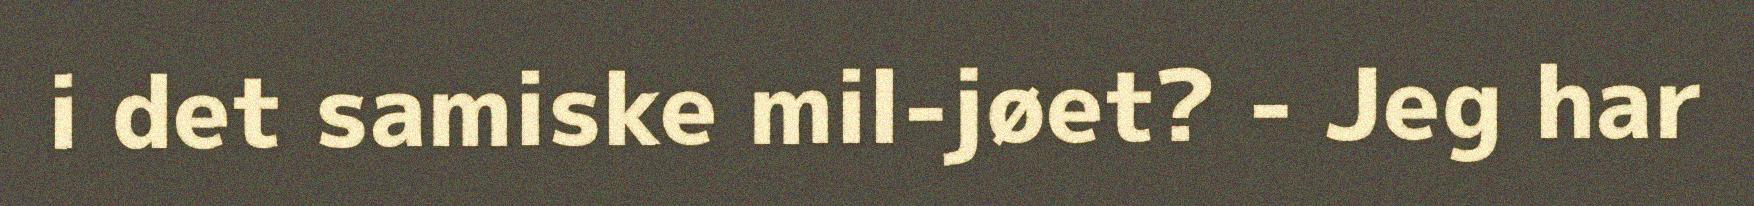
i det samiske mil-jøet? - Jeg har